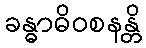
ခန္ဓာဓိဝစနန္တိ